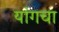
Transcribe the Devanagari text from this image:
यांगचा